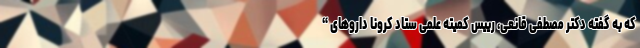
که به گفته دکتر مصطفی قانعی، رییس کمیته علمی ستاد کرونا داروهای “